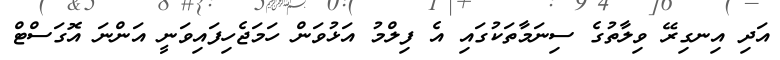
އަދި އިނގިރޭ ވިލާތުގެ ސިނަމާތަކުގައި އެ ފިލްމު އަޅުވަން ހަމަޖެހިފައިވަނީ އަންނަ އޮގަސްޓް